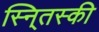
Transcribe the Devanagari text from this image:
स्नि्तस्की